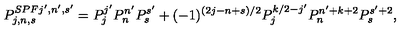
P _ { j , n , s } ^ { S P F j ^ { \prime } , n ^ { \prime } , s ^ { \prime } } = P _ { j } ^ { j ^ { \prime } } P _ { n } ^ { n ^ { \prime } } P _ { s } ^ { s ^ { \prime } } + ( - 1 ) ^ { ( 2 j - n + s ) / 2 } P _ { j } ^ { k / 2 - j ^ { \prime } } P _ { n } ^ { n ^ { \prime } + k + 2 } P _ { s } ^ { s ^ { \prime } + 2 } ,